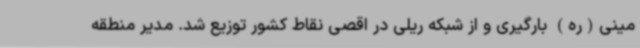
مینی(ره) بارگیری و از شبکه ریلی در اقصی نقاط کشور توزیع شد. مدیر منطقه